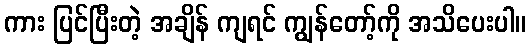
ကား ပြင်ပြီးတဲ့ အချိန် ကျရင် ကျွန်တော့်ကို အသိပေးပါ။